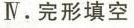
.完形填空